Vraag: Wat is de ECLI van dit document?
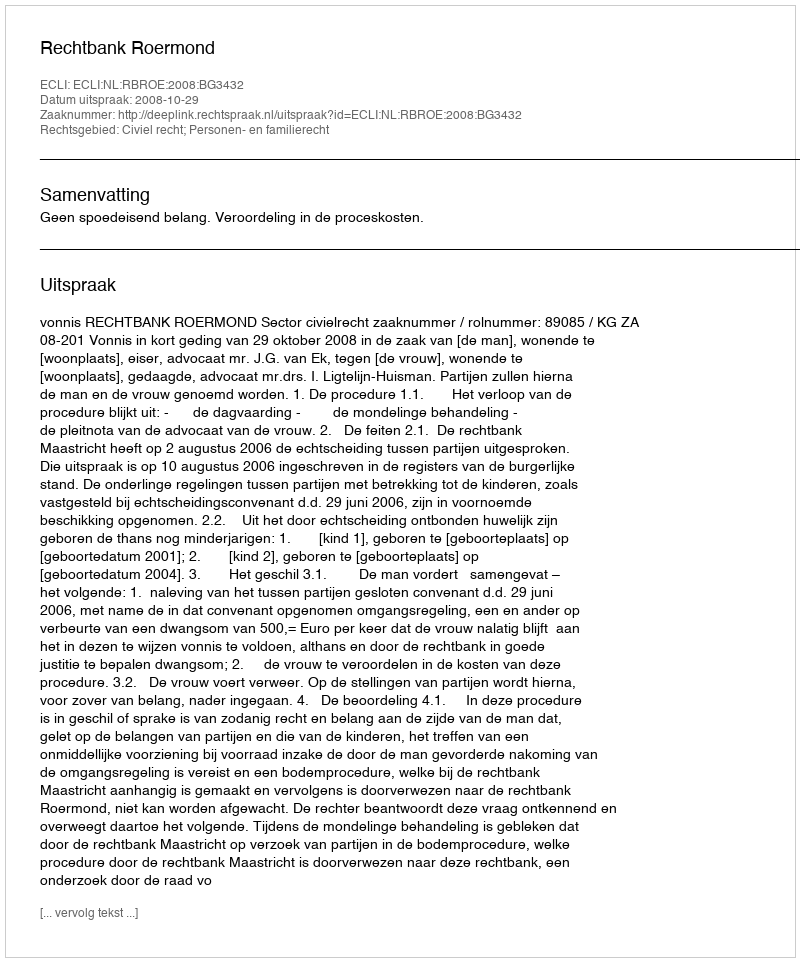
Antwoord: ECLI:NL:RBROE:2008:BG3432